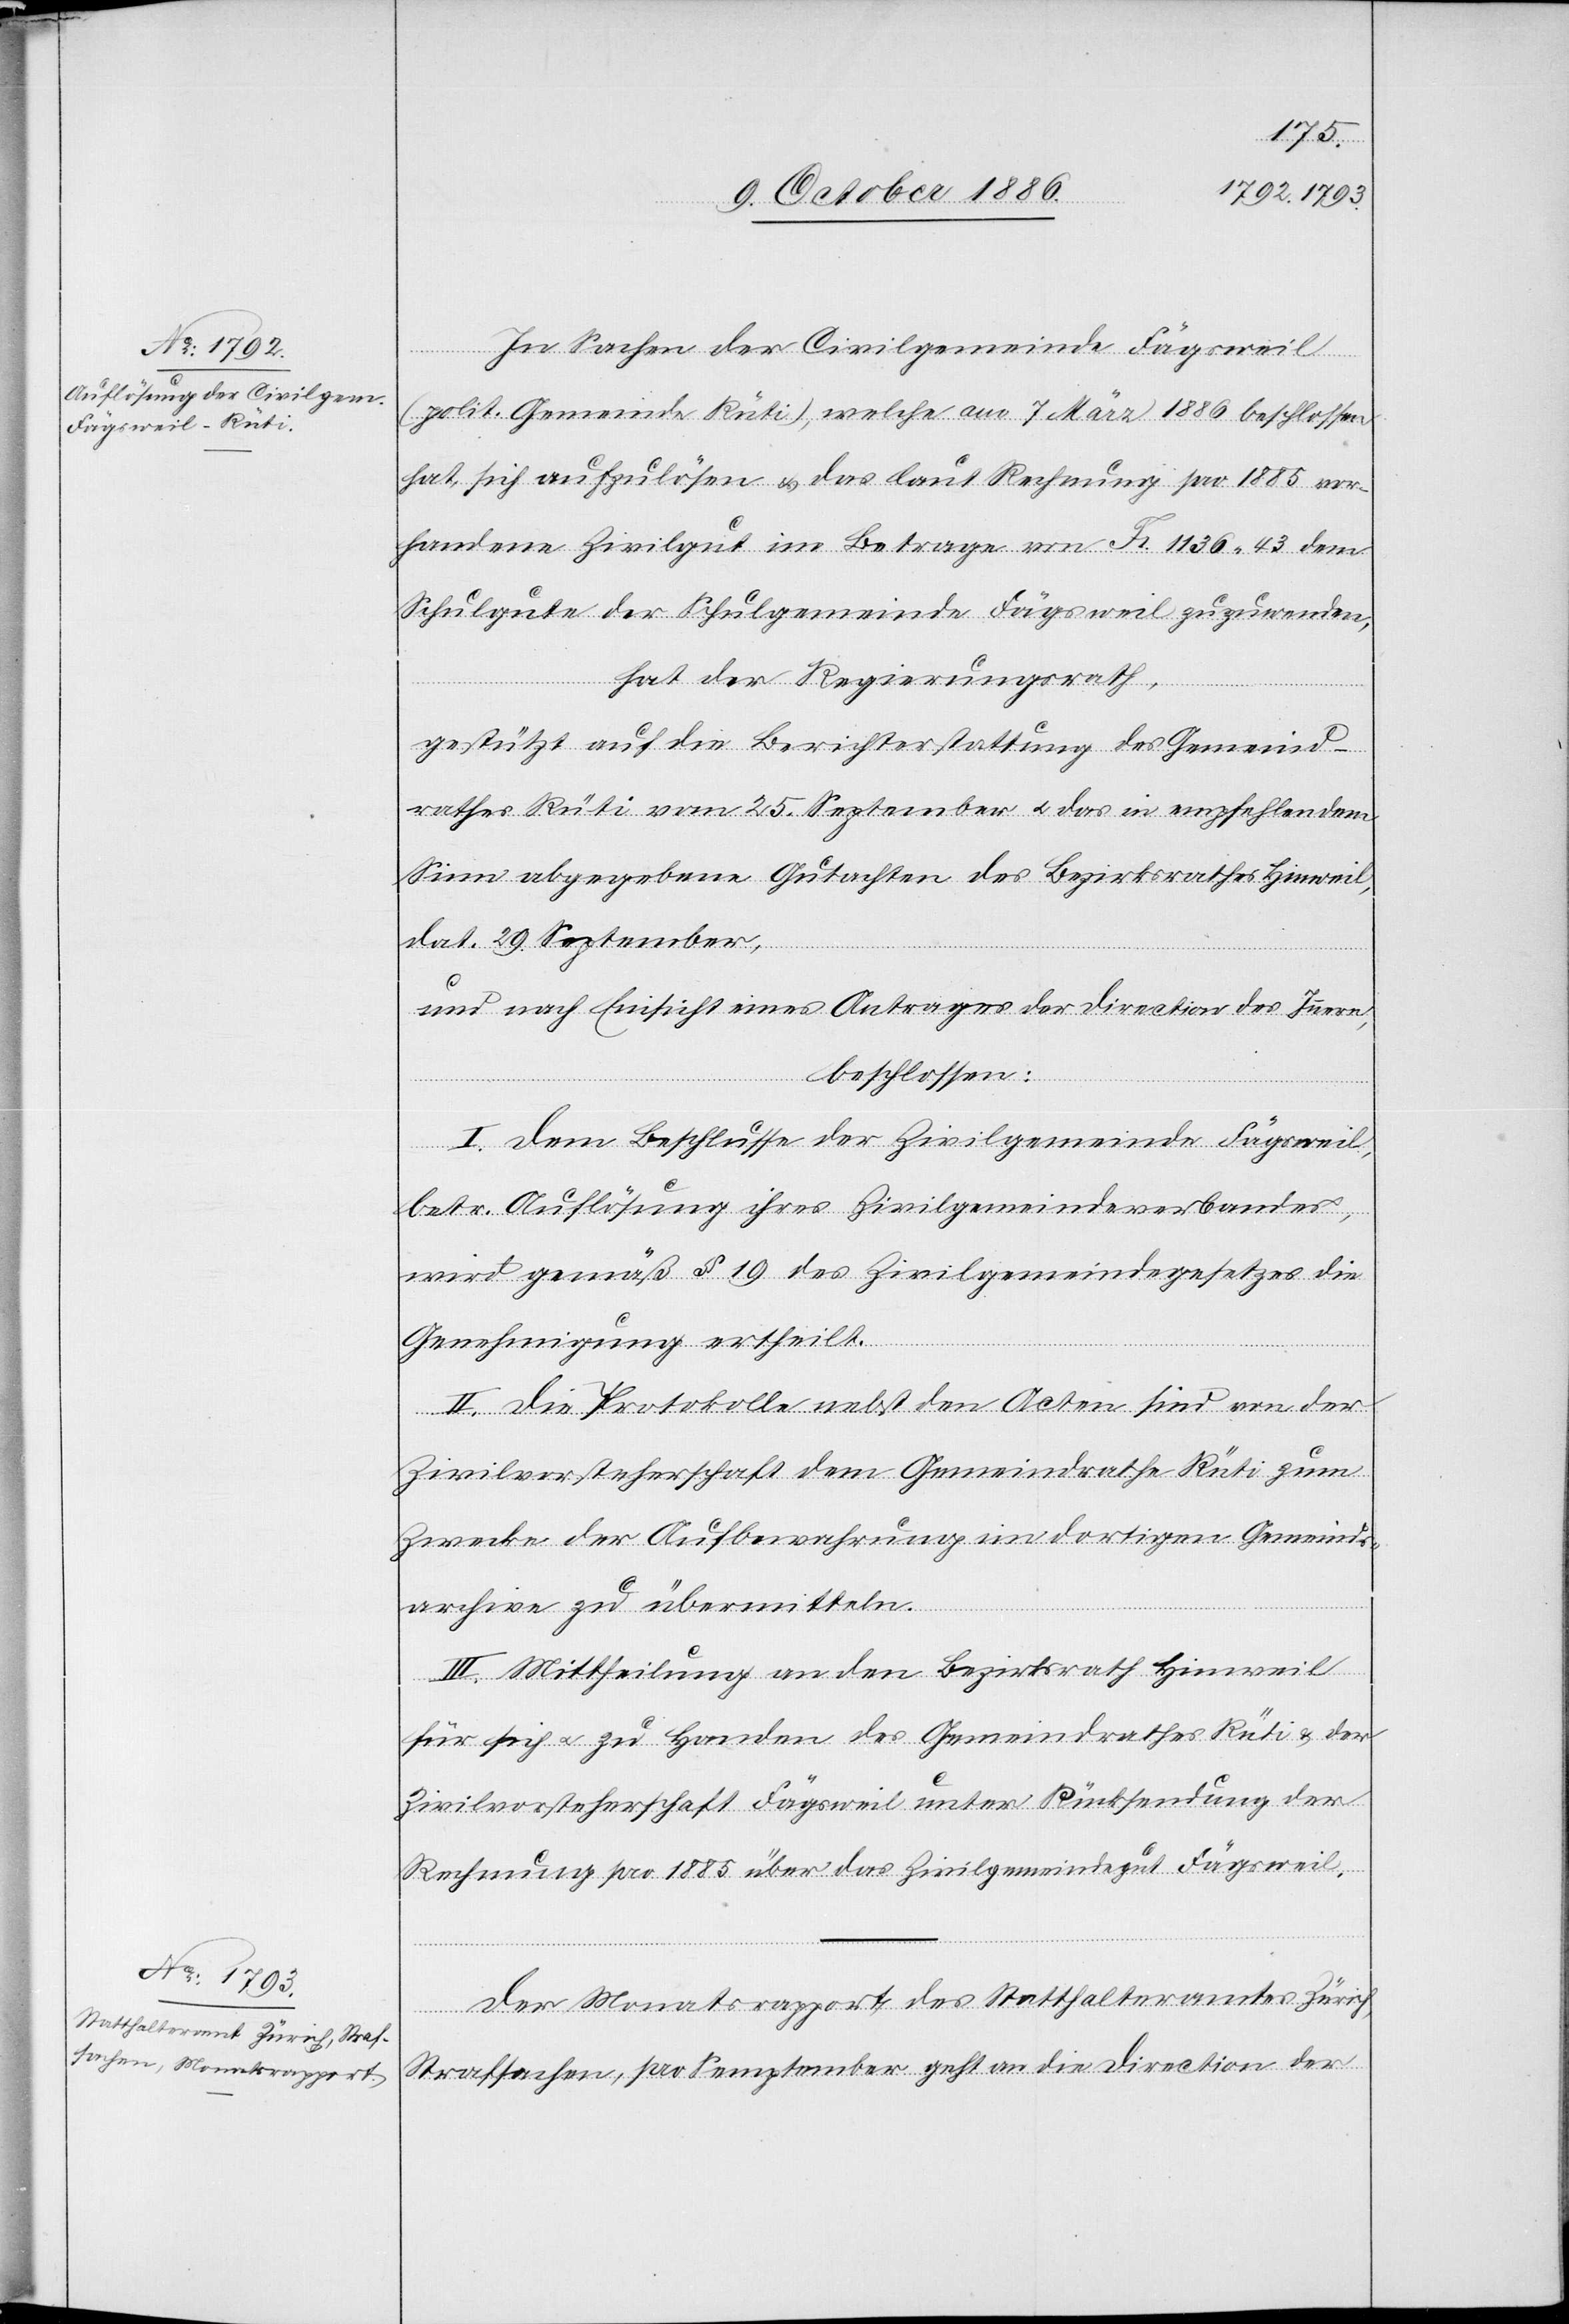
In Sachen der Civilgemeinde Fägsweil
(polit. Gemeinde Rüti), welche am 7. März 1886 beschlossen
hat, sich aufzulösen & das laut Rechnung pro 1885 vor¬
handene Zivilgut im Betrage von Fr. 1136 43 dem
Schulgute der Schulgemeinde Fägsweil zuzuwenden,
hat der Regierungsrath,
gestützt auf die Berichterstattung des Gemeind¬
rathes Rüti vom 25. September & das in empfehlendem
Sinn abgegebene Gutachten des Bezirksrathes Hinweil,
dat. 29. September,
und nach Einsicht eines Antrages der Direction des Innern,
beschlossen:
I. Dem Beschlusse der Zivilgemeinde Fägsweil,
betr. Auflösung ihres Zivilgemeindeverbandes,
wird gemäß § 19 des Zivilgemeindegesetzes die
Genehmigung ertheilt.
II. Die Protokolle nebst den Acten sind von der
Zivilvorsteherschaft dem Gemeindrathe Rüti zum
Zwecke der Aufbewahrung im dortigen Gemeinds¬
archive zu übermitteln.
III. Mittheilung an den Bezirksrath Hinweil
für sich & zu Handen des Gemeindrathes Rüti & der
Zivilvorsteherschaft Fägsweil unter Rücksendung der
Rechnung pro 1885 über das Zivilgemeindegut Fägsweil.
Der Monatsrapport des Statthalteramtes Zürich,
Strafsachen, pro September geht an die Direction der